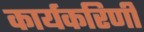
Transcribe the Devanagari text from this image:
कार्यकरिणी